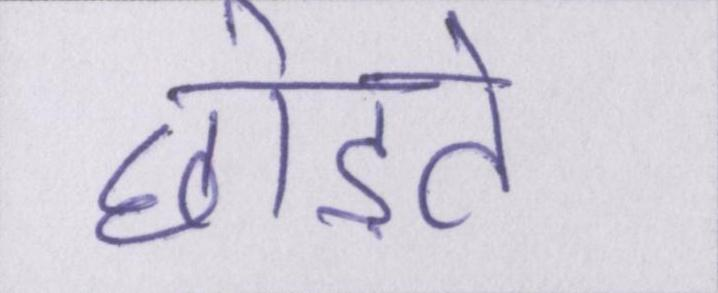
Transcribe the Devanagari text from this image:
छोड़ते